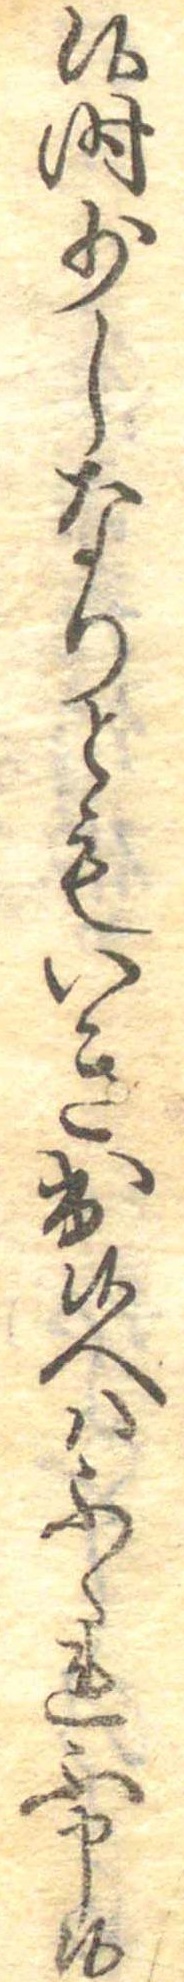
候時少しなりともいき出候へはふくれ不申候